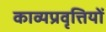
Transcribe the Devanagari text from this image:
काव्यप्रवृत्तियों